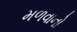
મળવાનો